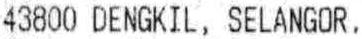
43800 DENGKIL, SELANGOR.